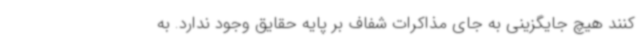
کنند هیچ جایگزینی به جای مذاکرات شفاف بر پایه حقایق وجود ندارد. به